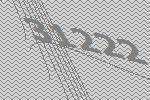
31222